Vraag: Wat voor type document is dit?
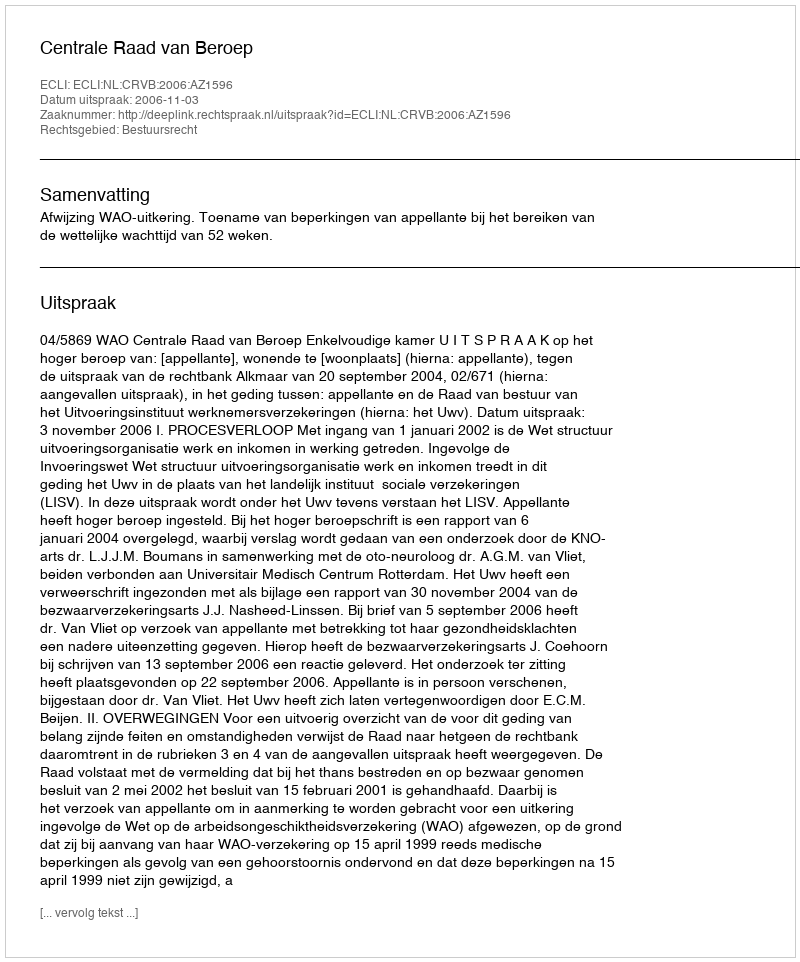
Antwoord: Uitspraak